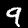
Label: 9